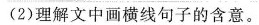
（2）理解文中画横线句子的含意。